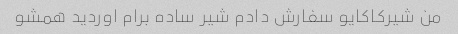
من شیرکاکایو سفارش دادم شیر ساده برام اوردید همشو